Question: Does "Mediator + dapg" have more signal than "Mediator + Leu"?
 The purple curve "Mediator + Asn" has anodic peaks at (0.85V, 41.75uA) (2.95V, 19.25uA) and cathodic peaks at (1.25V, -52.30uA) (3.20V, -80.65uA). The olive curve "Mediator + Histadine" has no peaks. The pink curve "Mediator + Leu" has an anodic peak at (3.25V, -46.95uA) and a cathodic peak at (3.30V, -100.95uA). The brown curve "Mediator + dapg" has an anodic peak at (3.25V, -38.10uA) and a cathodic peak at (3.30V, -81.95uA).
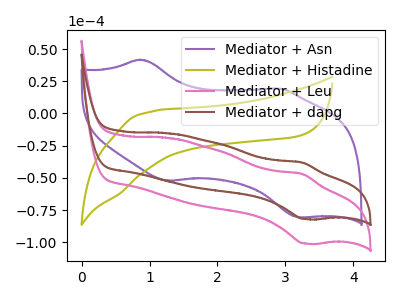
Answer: <think>All the peaks in "Mediator + dapg" have a peak in "Mediator + Leu" at the same potential.
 </think>
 <answer>I cant tell if "Mediator + dapg" or "Mediator + Leu" has more signal.</answer>
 <eval>mixed_signal</eval>